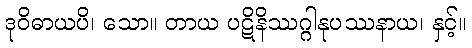
ဒုဝိဓာယပိ၊ သော။ တာယ ပဋိနိဿဂ္ဂါနုပဿနာယ၊ နှင့်။